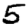
Digit: 5